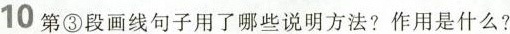
10 第③段画线句子用了哪些说明方法？作用是什么？